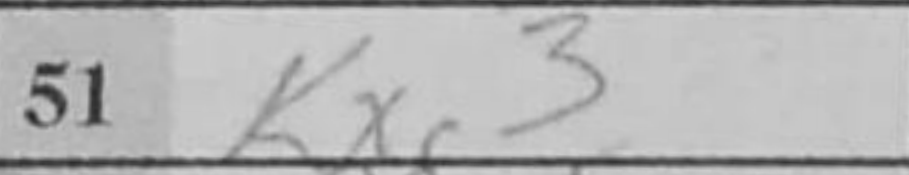
Transcription: Kxg3